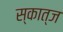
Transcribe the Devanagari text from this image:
स्कात्ज